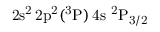
\mathrm { 2 s ^ { 2 } \, 2 p ^ { 2 } ( ^ { 3 } P ) \, 4 s ~ ^ { 2 } P _ { 3 / 2 } }